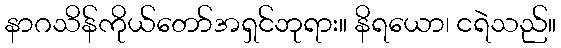
နာဂသိန်ကိုယ်တော်အရှင်ဘုရား။ နိရယော၊ ငရဲသည်။